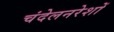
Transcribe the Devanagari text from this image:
चंदेलनरेशों